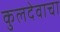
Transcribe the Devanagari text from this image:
कुलदेवाचा